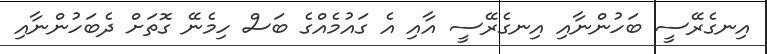
އިނގެރޭސީ ބަހުންނާއި އިނގެރޭސީ އާއި އެ ގައުމެއްގެ ބަސް ހިމެނޭ ގޮތަށް ދެބަހުންނާއި